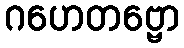
ဂဟေတဗ္ဗော